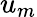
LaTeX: u_{m}